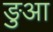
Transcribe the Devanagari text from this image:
ङुआ